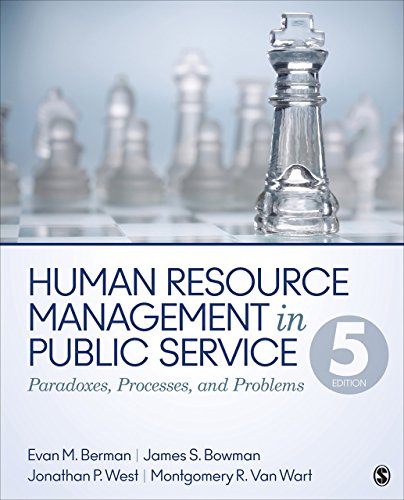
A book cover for Human Resource Management in Public Service: Paradoxes, Processes, and Problems; Evan M. (Michael) Berman; Business & Money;